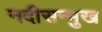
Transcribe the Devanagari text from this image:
नदीसन्मुख